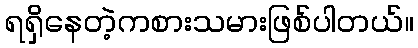
ရရှိနေတဲ့ကစားသမားဖြစ်ပါတယ်။